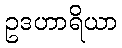
ဥဒဟာရိယာ